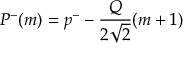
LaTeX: P ^ { - } ( m ) = p ^ { - } - \frac { Q } { 2 \sqrt { 2 } } ( m + 1 )